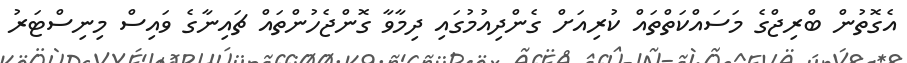
އެގޮތުން ބްރިޖްގެ މަސައްކަތްތައް ކުރިއަށް ގެންދިއުމުގައި ދިމާވާ ގޮންޖެހުންތައް ޗައިނާގެ ވައިސް މިނިސްޓަރު